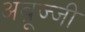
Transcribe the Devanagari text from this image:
अब्रूज्जी